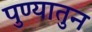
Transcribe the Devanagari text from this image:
पुण्यातुन